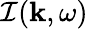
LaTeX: \mathcal{I}({\mathbf k},\omega)